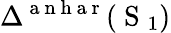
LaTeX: \Delta^{\mathrm{~a~n~h~a~r~}}(\mathrm{~S~}_{1})